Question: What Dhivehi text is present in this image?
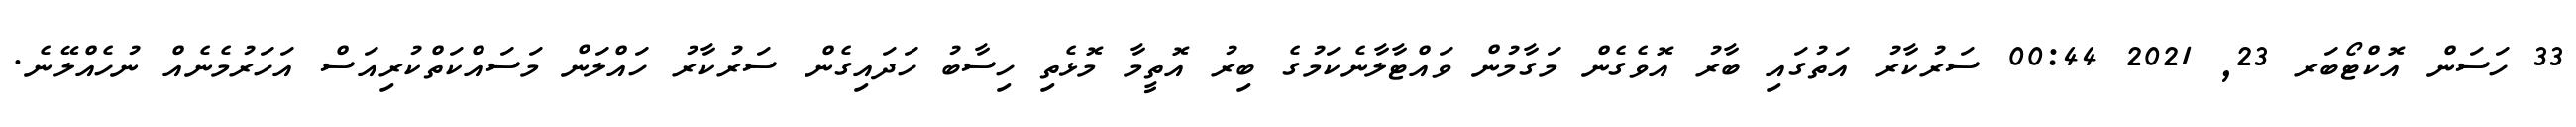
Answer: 33 ހަސަން އޮކްޓޯބަރ 23, 2021 00:44 ސަރުކާރު އަތުގައި ބާރު އޮވެގެން މަގާމުން ވައްޓާލާނެކަމުގެ ބިރު އޮތީމާ މޮޅެތި ހިސާބު ހަދައިގެން ސަރުކާރު ހައްލަން މަސައްކަތްކުރިއަސް އަހަރުމެނެއް ނުހެއްލޭނެ.